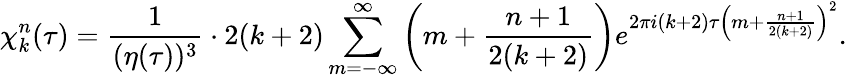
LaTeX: \chi_{k}^{n}(\tau)={\frac{1}{(\eta(\tau))^{3}}}\cdot 2(k+2)\sum_{m=-\infty}^{\infty}\left(m+{\frac{n+1}{2(k+2)}}\right)e^{2\pi i(k+2)\tau\left(m+{\frac{n+1}{2(k+2)}}\right)^{2}}.